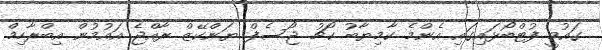
ގައުމީ ފުޓްބޯޅައިގައި އެންމެ ކާމިޔާބު ކޯޗު ޖޯސެފް ޔަންކޭޒް ރާއްޖެ އައުމުން އިބްރާހިމް